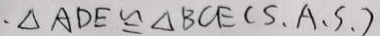
\cdot \Delta A D E \cong \Delta B C E ( S . A . S . )